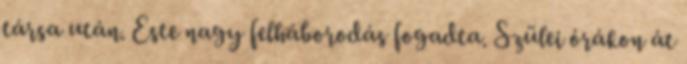
társa után. Este nagy felháborodás fogadta. Szülei órákon át